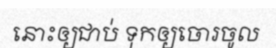
នោះឲ្យជាប់ ទុកឲ្យចោរចូល